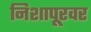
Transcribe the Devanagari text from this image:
निशापूरवर